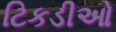
ટિકડીઓ